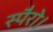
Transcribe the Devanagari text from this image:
स्पैरो।